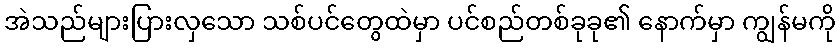
အဲသည်များပြားလှသော သစ်ပင်တွေထဲမှာ ပင်စည်တစ်ခုခု၏ နောက်မှာ ကျွန်မကို